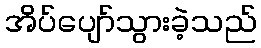
အိပ်ပျော်သွားခဲ့သည်